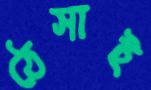
ঠেসাই